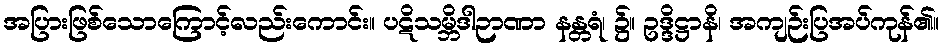
အပြားဖြစ်သောကြောင့်လည်းကောင်း။ ပဋိသမ္ဘိဒါဉာဏာ နန္တရံ၊ ၌။ ဥဒ္ဒိဋ္ဌာနိ၊ အကျဉ်းပြအပ်ကုန်၏။